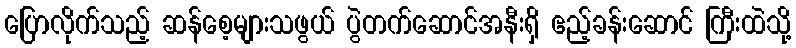
ပြောလိုက်သည့် ဆန်စေ့များသဖွယ် ပွဲတက်ဆောင်အနီးရှိ ဧည့်ခန်းဆောင် ကြီးထဲသို့